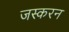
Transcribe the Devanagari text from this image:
जस्करन